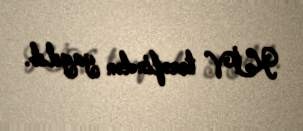
KİV tərəfindən yayılıb.